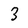
Character: 3